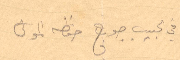
اخي الحبيب جورج حفظه المولى